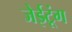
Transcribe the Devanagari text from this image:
जेईटूंग